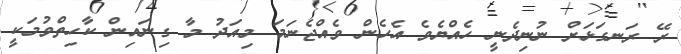
ރޭ ރަނގަޅަށް ނުނިދެނީ ހެއްޔެވެ އެހެން ވެއްޖެނަމަ މިއަދު މާ ގިނައިން ކާހިތްވުމަކީ